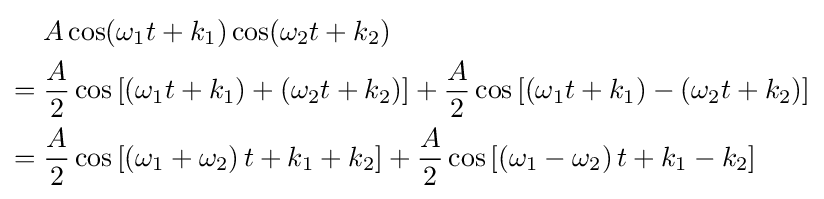
{\begin{aligned}&A\cos(\omega _{1}t+k_{1})\cos(\omega _{2}t+k_{2})\\={}&{\frac {A}{2}}\cos \left[\left(\omega _{1}t+k_{1}\right)+\left(\omega _{2}t+k_{2}\right)\right]+{\frac {A}{2}}\cos \left[\left(\omega _{1}t+k_{1}\right)-\left(\omega _{2}t+k_{2}\right)\right]\\={}&{\frac {A}{2}}\cos \left[\left(\omega _{1}+\omega _{2}\right)t+k_{1}+k_{2}\right]+{\frac {A}{2}}\cos \left[\left(\omega _{1}-\omega _{2}\right)t+k_{1}-k_{2}\right]\end{aligned}}